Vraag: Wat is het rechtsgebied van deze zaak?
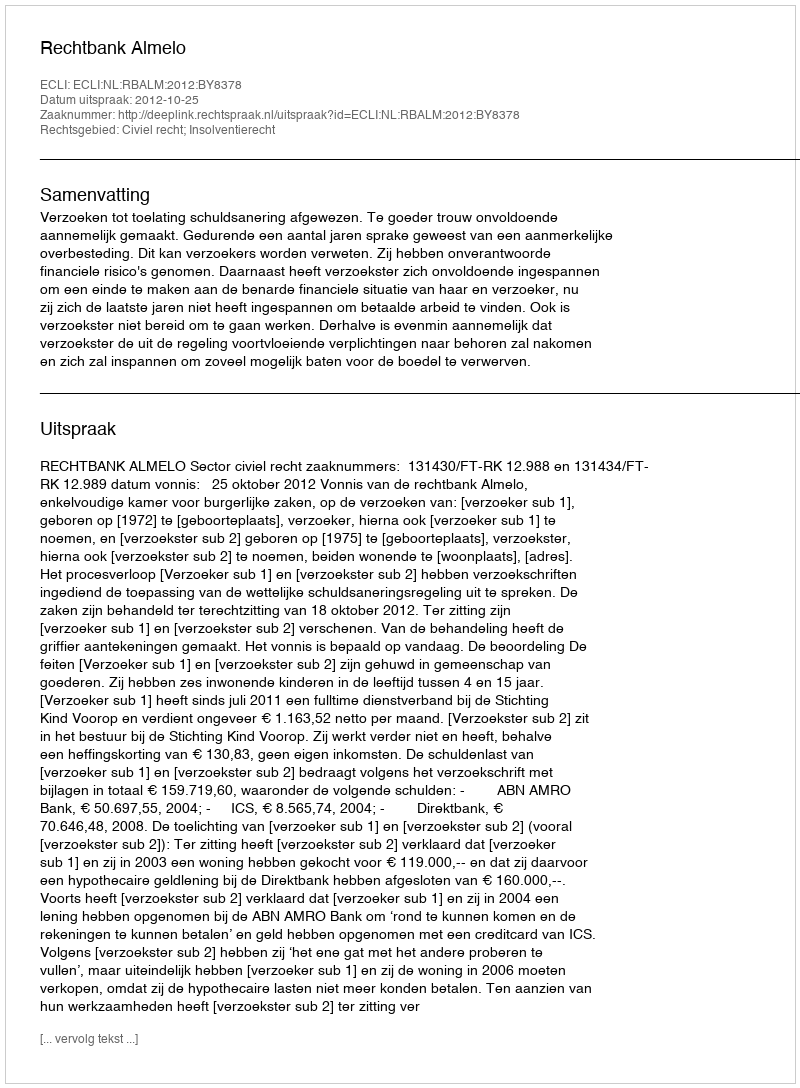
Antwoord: Civiel recht; Insolventierecht